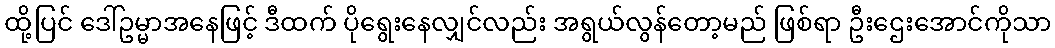
ထို့ပြင် ဒေါ်ဥမ္မာအနေဖြင့် ဒီထက် ပိုရွေးနေလျှင်လည်း အရွယ်လွန်တော့မည် ဖြစ်ရာ ဦးဌေးအောင်ကိုသာ